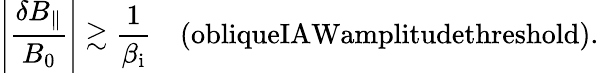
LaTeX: \left|\frac{\delta B_{\parallel}}{B_{0}}\right|\gtrsim\frac{1}{\beta_{\mathrm{i}}}\quad\textrm{(obliqueIAWamplitudethreshold)}.